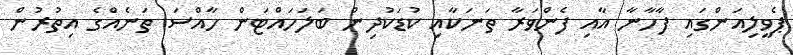
ޕެވީލިއަންގައި ފާހާނާ އާއި ފެންވަރާ ތަނަކާއި ކުޑަކުދިން ބަލަހައްޓަން ހާއްސަ ތަނެއްގެ އިތުރުން